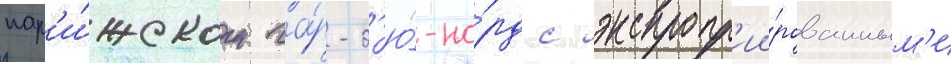
пар'и́жском га́р-д'ю́-но́рд с экспропр'ии́рованным'и